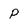
Character: P